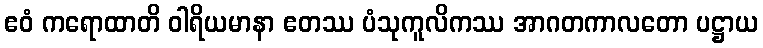
ဧဝံ ကရောထာတိ ဝါရိယမာနာ ဧတဿ ပံသုကူလိကဿ အာဂတကာလတော ပဋ္ဌာယ